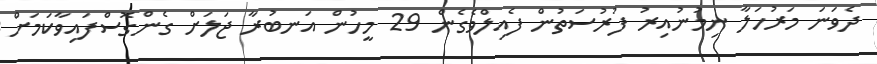
ދެވަނަ މަރުހަލާ ނިމުނުއިރު ފުރުސަތުން ފެއިލްވެގެން 29 މީހުން އަނބުރާ ޖަލަށް ގެންގޮސްފައިވާކަމަށް